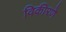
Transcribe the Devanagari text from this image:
विकीरणे